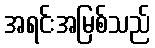
အရင်းအမြစ်သည်